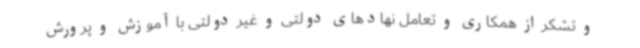
و تشکر از همکاری و تعامل نهادهای دولتی و غیر دولتی با آموزش و پرورش